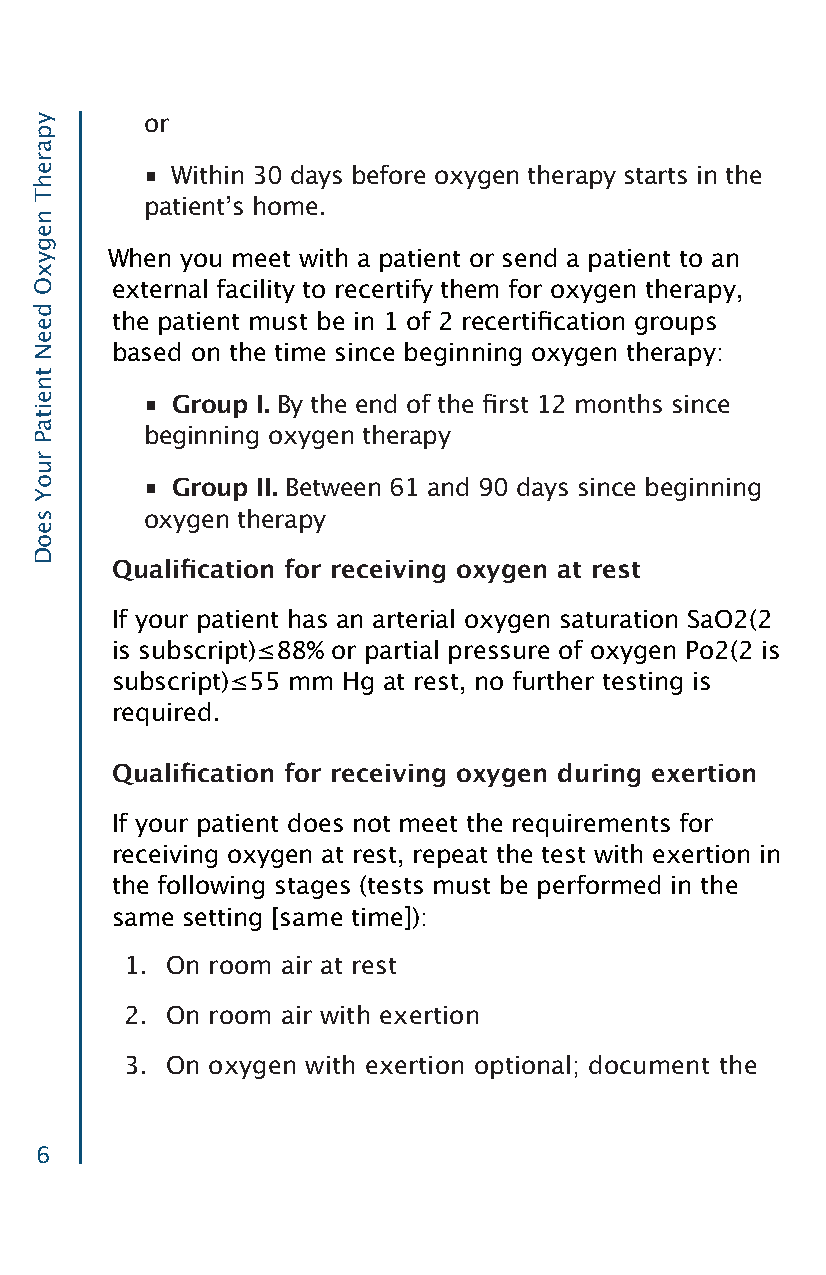
or
 ■ Within 30 days before oxygen therapy starts in the
 patientʼs home.
 When you meet with a patient or send a patient to an
 external facility to recertify them for oxygen therapy,
 the patient must be in 1 of 2 recertification groups
 based on the time since beginning oxygen therapy:
 ■ Group I. By the end of the first 12 months since
 beginning oxygen therapy
 ■ Group II. Between 61 and 90 days since beginning
 oxygen therapy
 Qualification for receiving oxygen at rest
 If your patient has an arterial oxygen saturation SaO2(2
 is subscript)≤88% or partial pressure of oxygen Po2(2 is
 subscript)≤55 mm Hg at rest, no further testing is
 required.
 Qualification for receiving oxygen during exertion
 If your patient does not meet the requirements for
 receiving oxygen at rest, repeat the test with exertion in
 the following stages (tests must be performed in the
 same setting [same time]):
 1. On room air at rest
 2. On room air with exertion
 3. On oxygen with exertion optional; document the
 6
 yparehT
 negyxO
 deeN
 tneitaP
 ruoY
 seoD